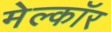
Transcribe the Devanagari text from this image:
मेल्कॉर